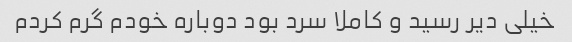
خیلی دیر رسید و کاملا سرد بود دوباره خودم گرم کردم